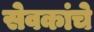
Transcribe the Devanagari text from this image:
सेवकांचे